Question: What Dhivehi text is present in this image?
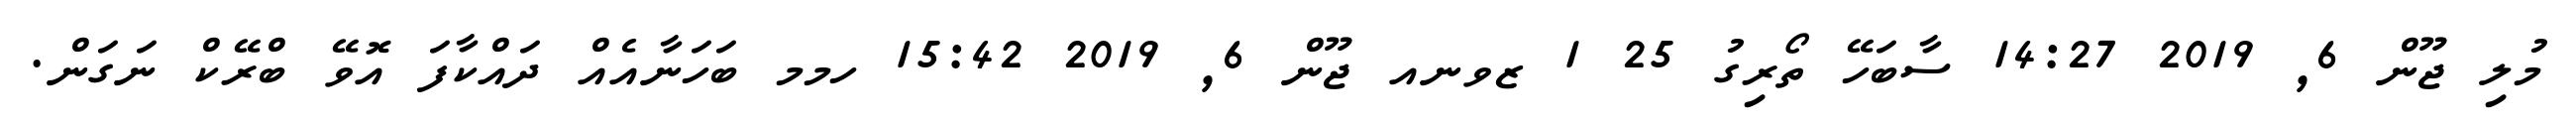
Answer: މުލި ޖޫން 6, 2019 14:27 ސާބަހޭ ތޯރިގު 25 1 ޒވނއ ޖޫން 6, 2019 15:42 ހމމ ބަހަނާއެއް ދައްކާފަ އޮވޭ ބްރޭކް ނަގަން.